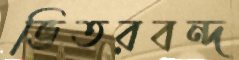
ভিতরবন্দ